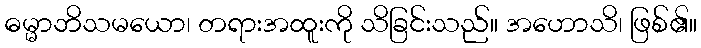
ဓမ္မာဘိသမယော၊ တရားအထူးကို သိခြင်းသည်။ အဟောသိ၊ ဖြစ်၏။